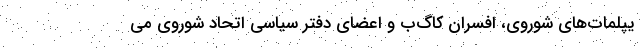
یپلمات‌های شوروی، افسران کاگ‌ب و اعضای دفتر سیاسی اتحاد شوروی می‌